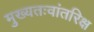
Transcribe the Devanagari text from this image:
मुख्‍यतःवांतरिक्ष